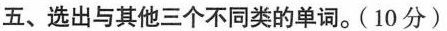
五、选出与其他三个不同类的单词.( 10 分)